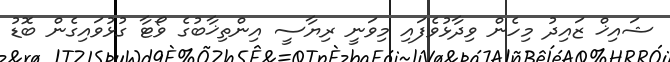
ޝައިޚް ޒައިދު މިހެން ވިދާޅުވެފައި މިވަނީ ރިޔާސީ އިންތިޚާބުގެ ވޯޓާ ގުޅުވައިގެން ބޮޑު